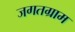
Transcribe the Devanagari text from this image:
जगतग्राम